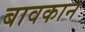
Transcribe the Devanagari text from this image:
बावकान